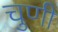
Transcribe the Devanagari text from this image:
चुणी